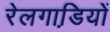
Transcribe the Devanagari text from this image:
रेलगाडि़यों